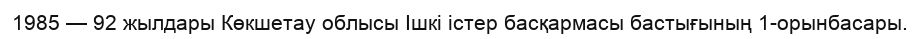
1985 — 92 жылдары Көкшетау облысы Ішкі істер басқармасы бастығының 1-орынбасары.